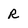
Character: r